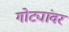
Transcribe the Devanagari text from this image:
गोट्यांवर